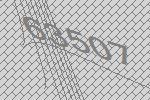
63507